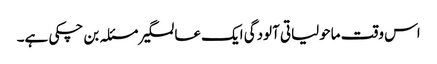
اس وقت ماحولیاتی آلودگی ایک عالمگیر مسئلہ بن چکی ہے۔